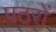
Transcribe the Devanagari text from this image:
पठरों